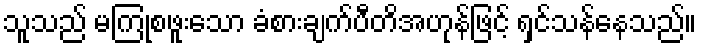
သူသည် မကြုံစဖူးသော ခံစားချက်ပီတိအဟုန်ဖြင့် ရှင်သန်နေသည်။